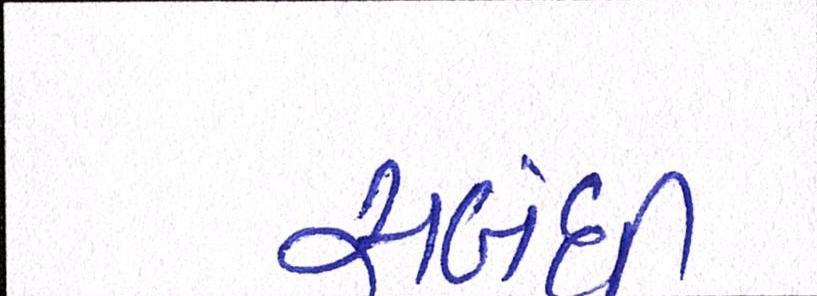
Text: સબંધી